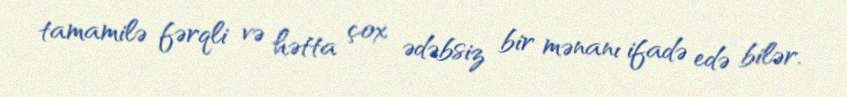
tamamilə fərqli və hətta çox ədəbsiz bir mənanı ifadə edə bilər.